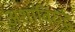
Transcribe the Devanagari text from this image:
अशांविरुद्ध